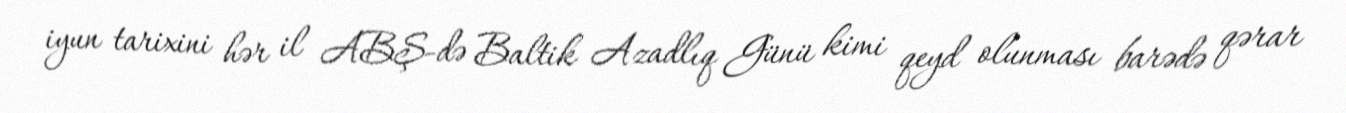
iyun tarixini hər il ABŞ-də Baltik Azadlıq Günü kimi qeyd olunması barədə qərar